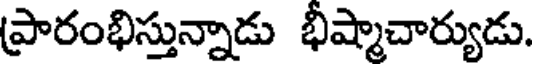
ప్రారంభిస్తున్నాడు భీష్మాచార్యుడు.